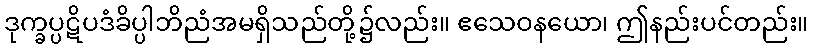
ဒုက္ခပ္ပဋိပဒံခိပ္ပါဘိညံအမရှိသည်တို့၌လည်း။ ဧသေဝနယော၊ ဤနည်းပင်တည်း။